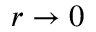
r \rightarrow 0